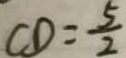
C D = \frac { 5 } { 2 }